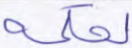
لحكمه